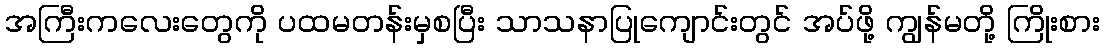
အကြီးကလေးတွေကို ပထမတန်းမှစပြီး သာသနာပြုကျောင်းတွင် အပ်ဖို့ ကျွန်မတို့ ကြိုးစား